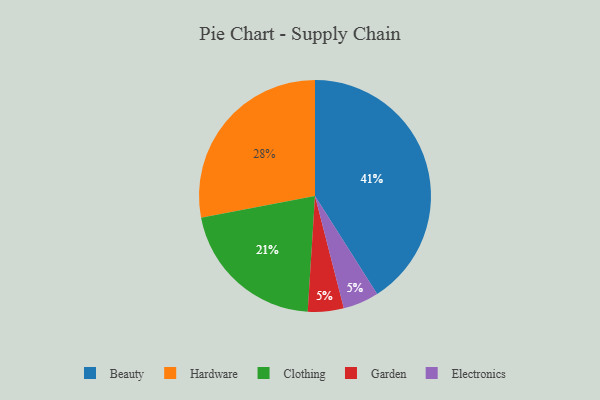
{"axis": {"x": "Category", "y": "Percentage"}, "legend": ["Beauty", "Clothing", "Electronics", "Garden", "Hardware"], "data": [{"x": "Garden", "y": 5, "type": "Garden"}, {"x": "Electronics", "y": 5, "type": "Electronics"}, {"x": "Hardware", "y": 28, "type": "Hardware"}, {"x": "Clothing", "y": 21, "type": "Clothing"}, {"x": "Beauty", "y": 41, "type": "Beauty"}]}